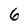
Character: 6